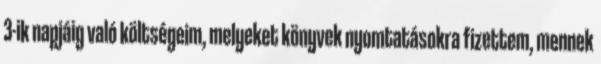
3-ik napjáig való költségeim, melyeket könyvek nyomtatásokra fizettem, mennek